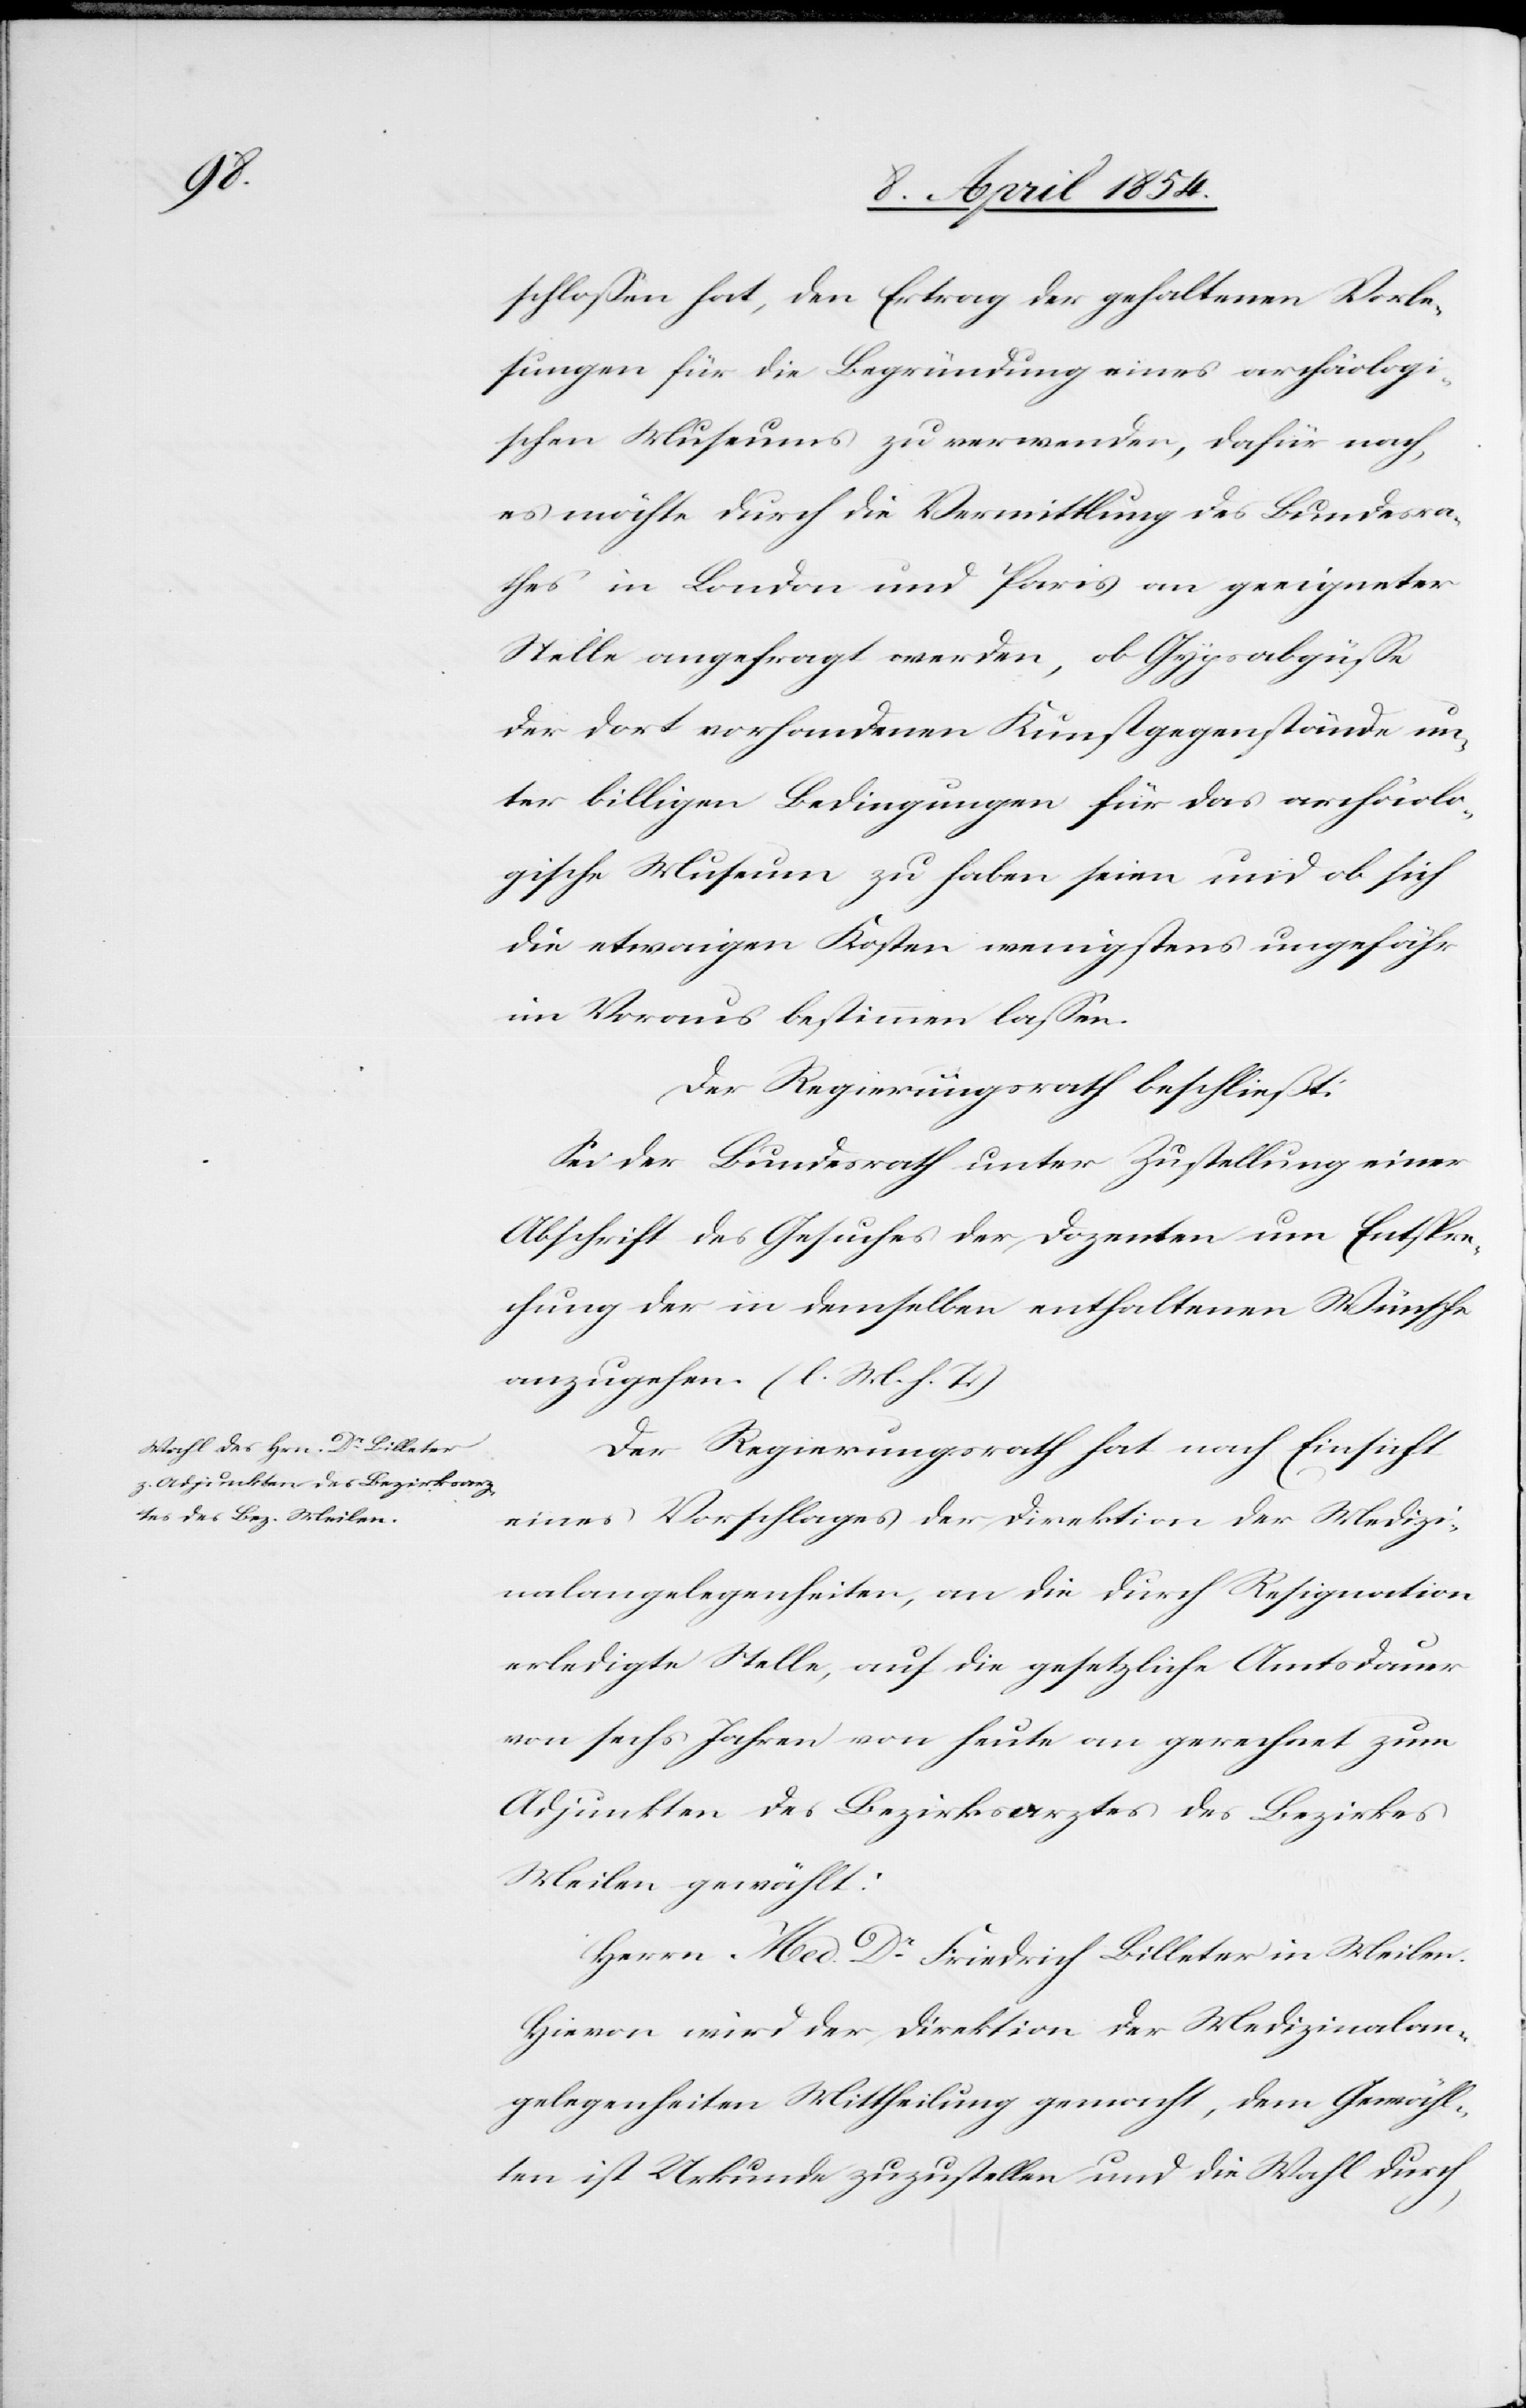
schloßen hat, den Ertrag der gehaltenen Vorle¬
sungen für die Begründung eines archäologi¬
schen Museums zu verwenden, dafür nach,
es möchte durch die Vermittlung des Bundesra¬
thes in London und Paris an geeigneter
Stelle angefragt werden, ob Gypsabgüße
der dort vorhandenen Kunstgegenstände un¬
ter billigen Bedingungen für das archäolo¬
gische Museum zu haben seien und ob sich
die etwaigen Kosten wenigstens ungefähr
im Voraus bestimmen laßen.
Der Regierungsrath beschließt:
Sei der Bundesrath unter Zustellung einer
Abschrift des Gesuches der Dozenten um Entspre¬
chung der in demselben enthaltenen Wunsche
anzugehen. (l. M. h. T.)
Der Regierungsrath hat nach Einsicht
eines Vorschlages der Direktion der Medizi¬
nalangelegenheiten, an die durch Resignation
erledigte Stelle, auf die gesetzliche Amtsdauer
von sechs Jahren von heute an gerechnet zum
Adjunkten des Bezirksarztes des Bezirkes
Meilen gewählt:
Herrn Med. Dr Friedrich Billeter in Meilen.
Hievon wird der Direktion der Medizinalan¬
gelegenheiten Mittheilung gemacht, dem Gewähl¬
ten ist Urkunde zuzustellen und die Wahl durch